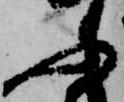
ふ